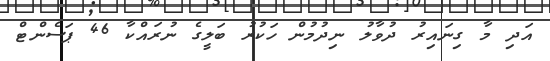
އަދި މާ ގިނައިރު ދުވާލު ނިދުމުން ހަކުރު ބަލީގެ ނުރައްކާ 46 ޕަސެންޓް